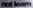
net learn